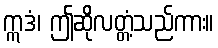
ဣဒံ၊ ဤဆိုလတ္တံ့သည်ကား။